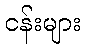
ငန်းများ